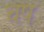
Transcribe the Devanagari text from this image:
चष